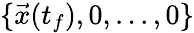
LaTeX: \{ \vec{x}(t_{f}),0,...,0\}